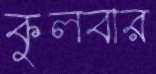
কুলবার